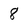
Character: 8